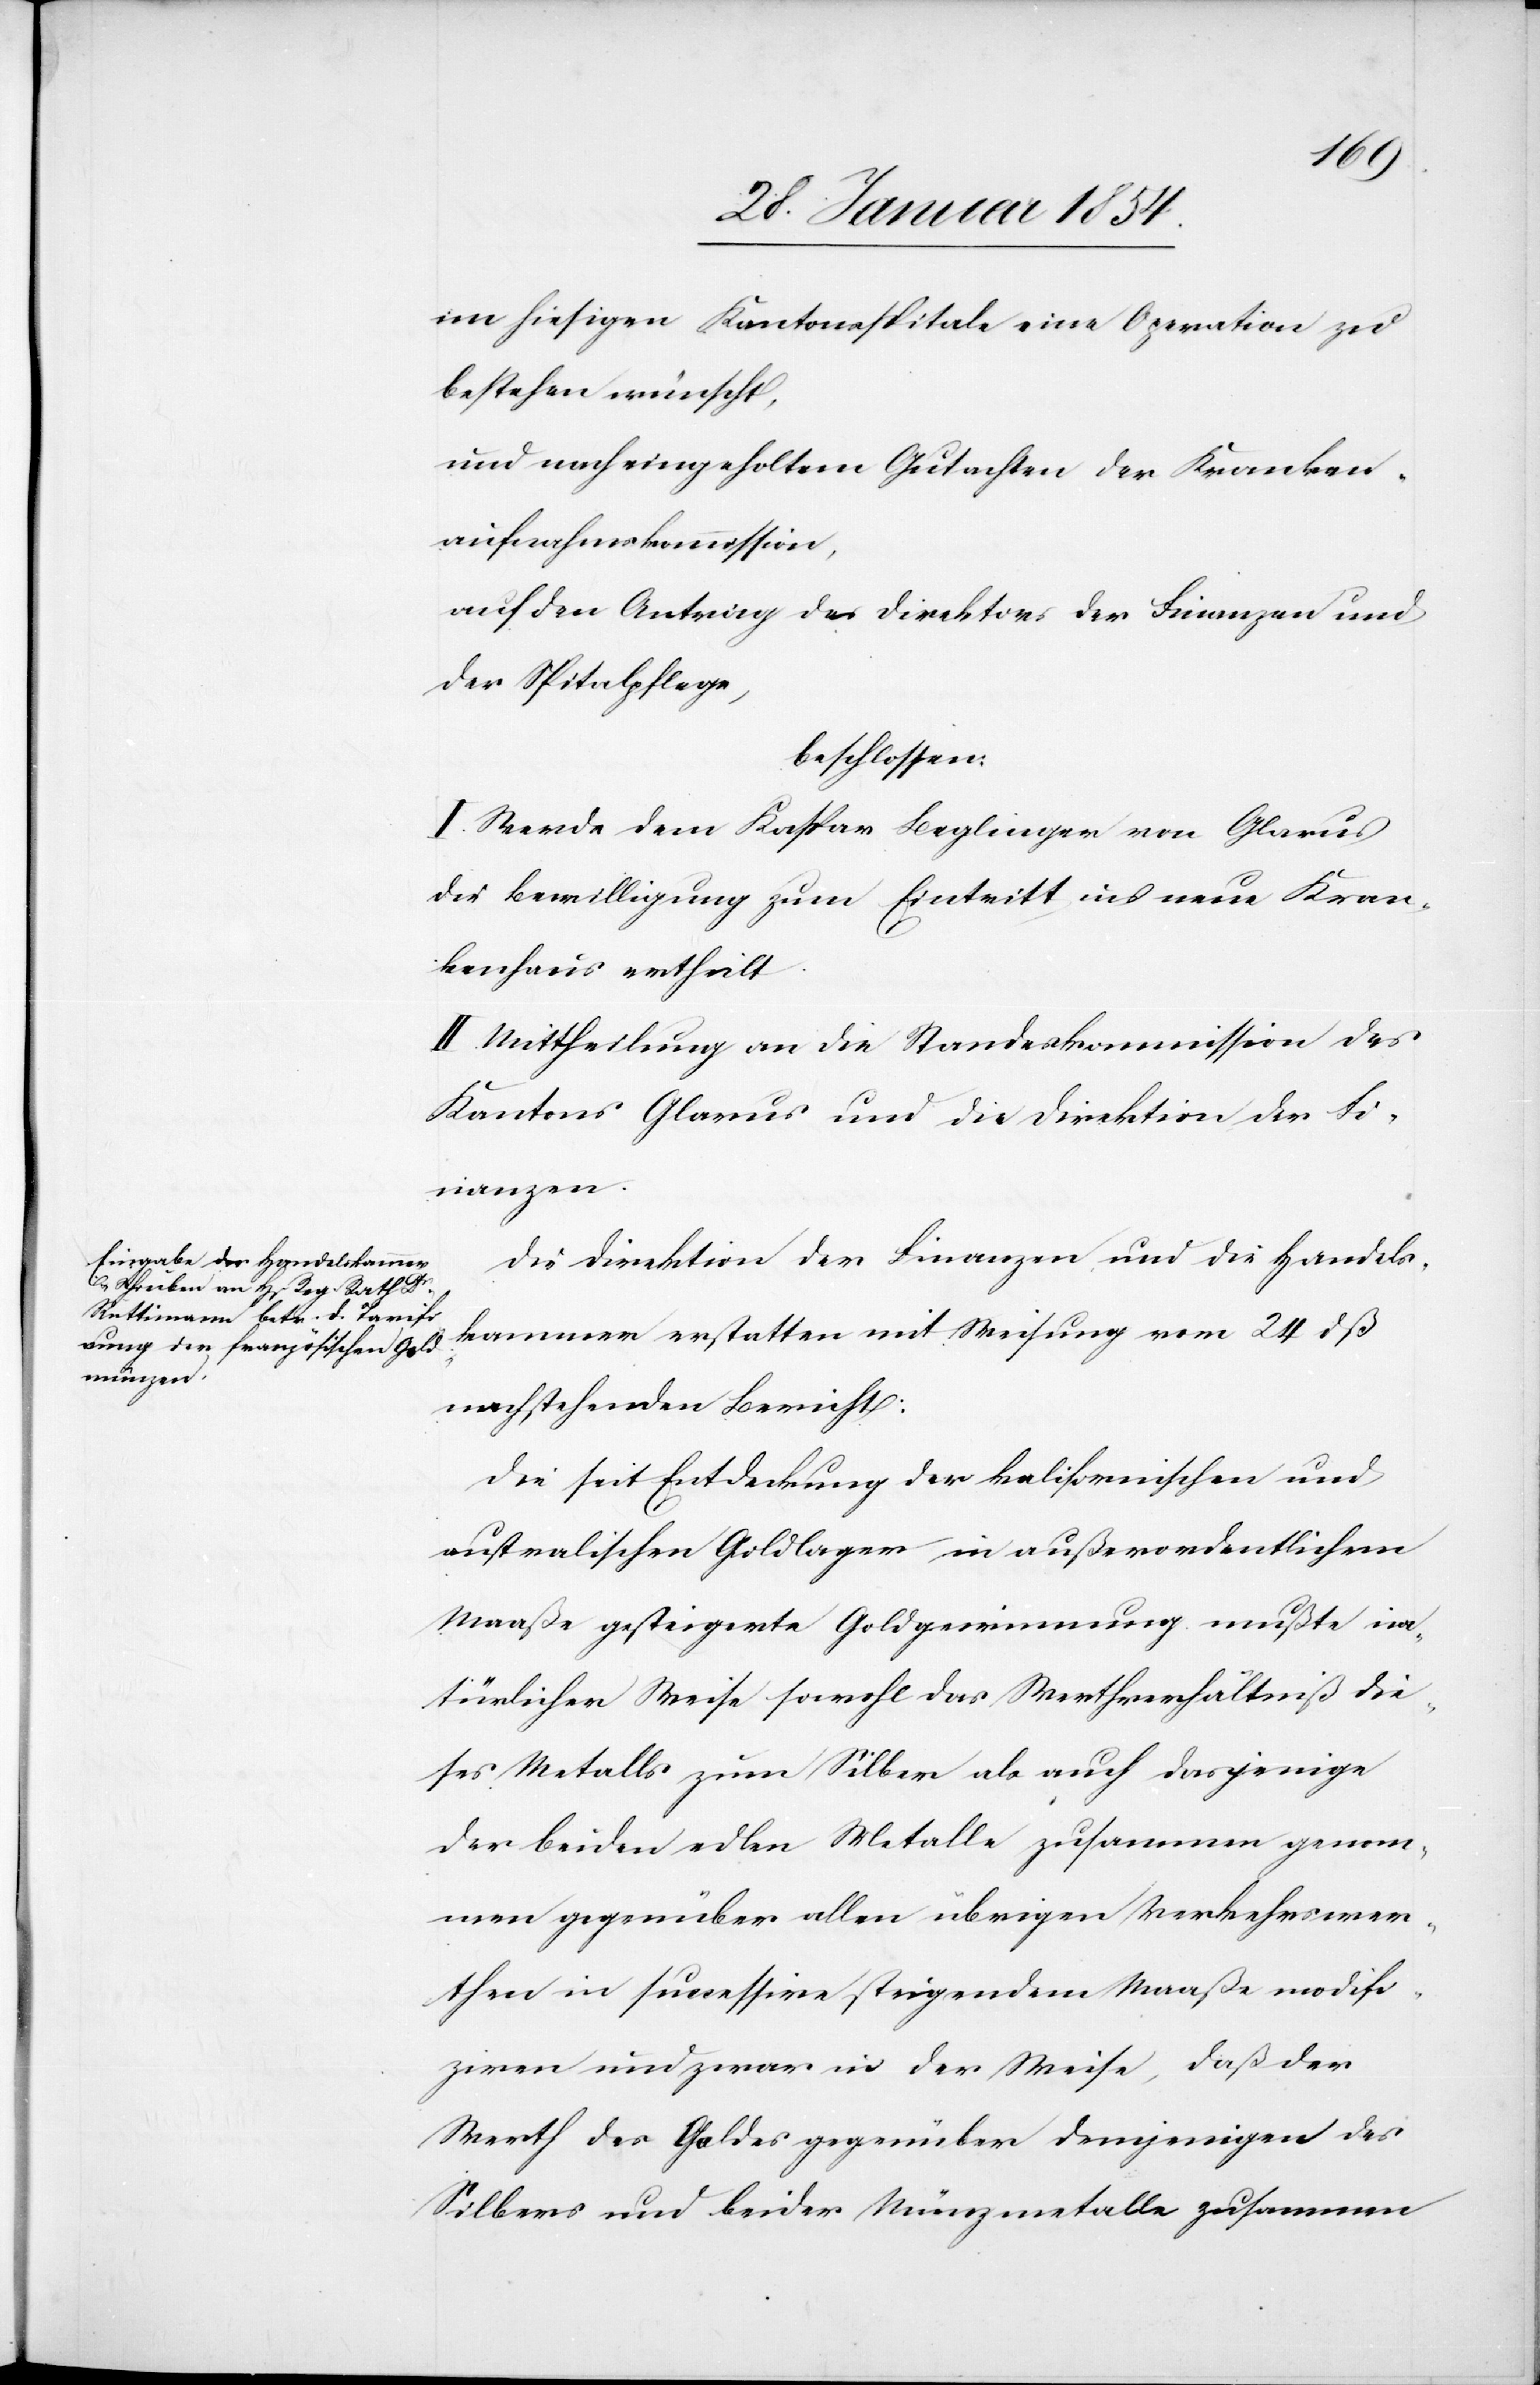
im hiesigen Kantonsspitale eine Operation zu
bestehen wünscht,
und nach eingeholtem Gutachten der Kranken¬
aufnahmskommission,
auf den Antrag des Direktors der Finanzen und
der Spitalpflege,
beschlossen:
I. Werde dem Kaspar Beglinger von Glarus
die Bewilligung zum Eintritt ins neue Kran¬
kenhaus ertheilt.
II. Mittheilung an die Standeskommission des
Kantons Glarus und die Direktion der Fi¬
nanzen.
Die Direktion der Finanzen und die Handels¬
kammer erstatten mit Weisung vom 24 dß
nachstehenden Bericht:
Die seit Entdeckung der kalifornischen und
australischen Goldlager in außerordentlichem
Maaße gesteigerte Goldgewinnung mußte na¬
türlicher Weise sowohl das Werthverhältniß die¬
ses Metalls zum Silber als auch dasjenige
der beiden edlen Metalle zusammen genom¬
men gegenüber allen übrigen Verkehrswer¬
then in successive steigendem Maaße modifi¬
ziren und zwar in der Weise, daß der
Werth des Goldes gegenüber demjenigen des
Silbers und beider Münzmetalle zusammen